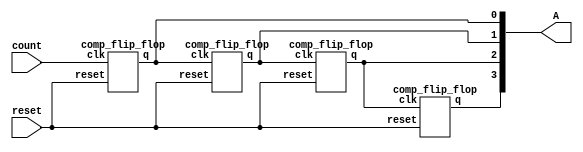
//ripple counter
`timescale 1ns/100ps
 module ripple_counter_4bit(A,count,reset);
 output [3:0]A;
 input count,reset;
 //instantiate comp flip-flop
 comp_flip_flop f0(A[0],count,reset);
 comp_flip_flop f1(A[1],A[0],reset);
 comp_flip_flop f2(A[2],A[1],reset);
 comp_flip_flop f3(A[3],A[2],reset);
 endmodule
 //comp flip-flop
 module comp_flip_flop (q,clk,reset);
 output reg q=1'b0;

 input clk,reset;

 always @ (negedge clk,posedge reset)
 begin
 if(reset) q<=0;
 else q<= ~q;
 end
 endmodule